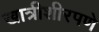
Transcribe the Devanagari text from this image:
खात्रीशीरपणे